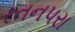
રતનપરા